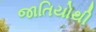
જાતિયોથી